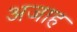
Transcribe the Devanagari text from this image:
अजाह